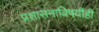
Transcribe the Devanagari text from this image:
प्रशासनाविषयीही